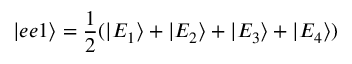
| e e 1 \rangle = \frac { 1 } { 2 } ( | E _ { 1 } \rangle + | E _ { 2 } \rangle + | E _ { 3 } \rangle + | E _ { 4 } \rangle )